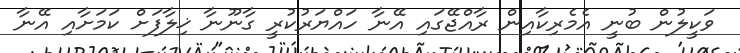
ވަކީލުން ބުނީ އެމެރިކާއިން ރާއްޖޭގައި އޭނާ ހައްޔަރުކުރީ ގާނޫނާ ޚިލާފަށް ކަމަށާއި އޭނާ